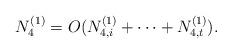
LaTeX: \begin{align*} N_{4}^{(1)} = O(N_{4,i}^{(1)} + \dots + N_{4,t}^{(1)}). \end{align*}